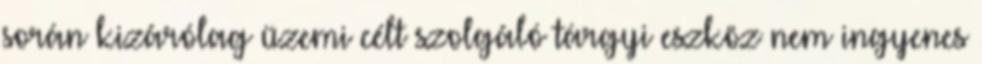
során kizárólag üzemi célt szolgáló tárgyi eszköz nem ingyenes